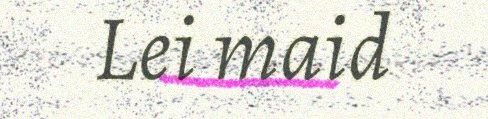
Lei maid